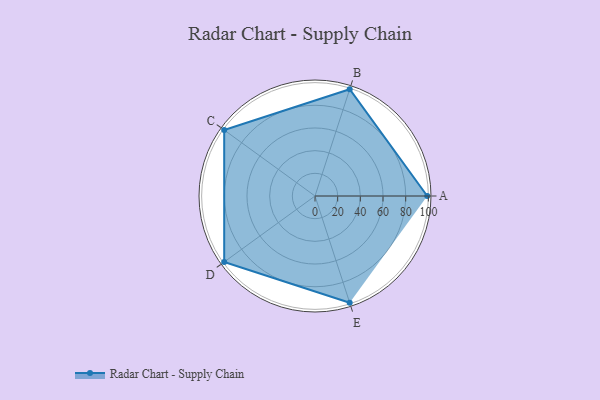
{"axis": {"x": "Skill", "y": "Score"}, "legend": ["Profile"], "data": [{"x": "A", "y": 99, "type": "Profile"}, {"x": "B", "y": 99, "type": "Profile"}, {"x": "C", "y": 99, "type": "Profile"}, {"x": "D", "y": 99, "type": "Profile"}, {"x": "E", "y": 99, "type": "Profile"}]}